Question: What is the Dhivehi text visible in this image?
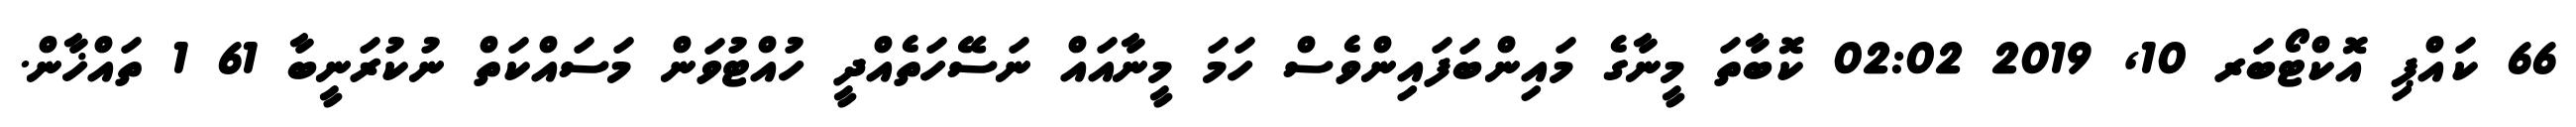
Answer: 66 ކައްޕި އޮކްޓޯބަރ 10, 2019 02:02 ކޮބާތަ މީނާގެ މައިންބަފައިންވެސް ހަމަ މީނާއައް ނަސޭހަތެއްދީ ހުއްޓުވަން މަސައްކަތް ނުކުރަނީބާ 61 1 ތައްޚާން.